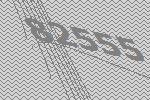
82555